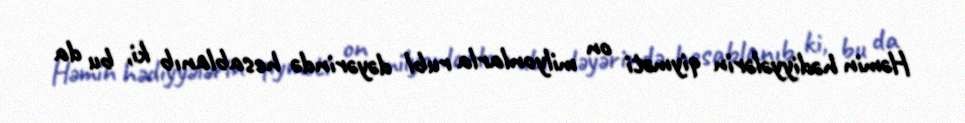
Həmin hədiyyələrin qiyməti on milyonlarla rubl dəyərində hesablanıb ki, bu da